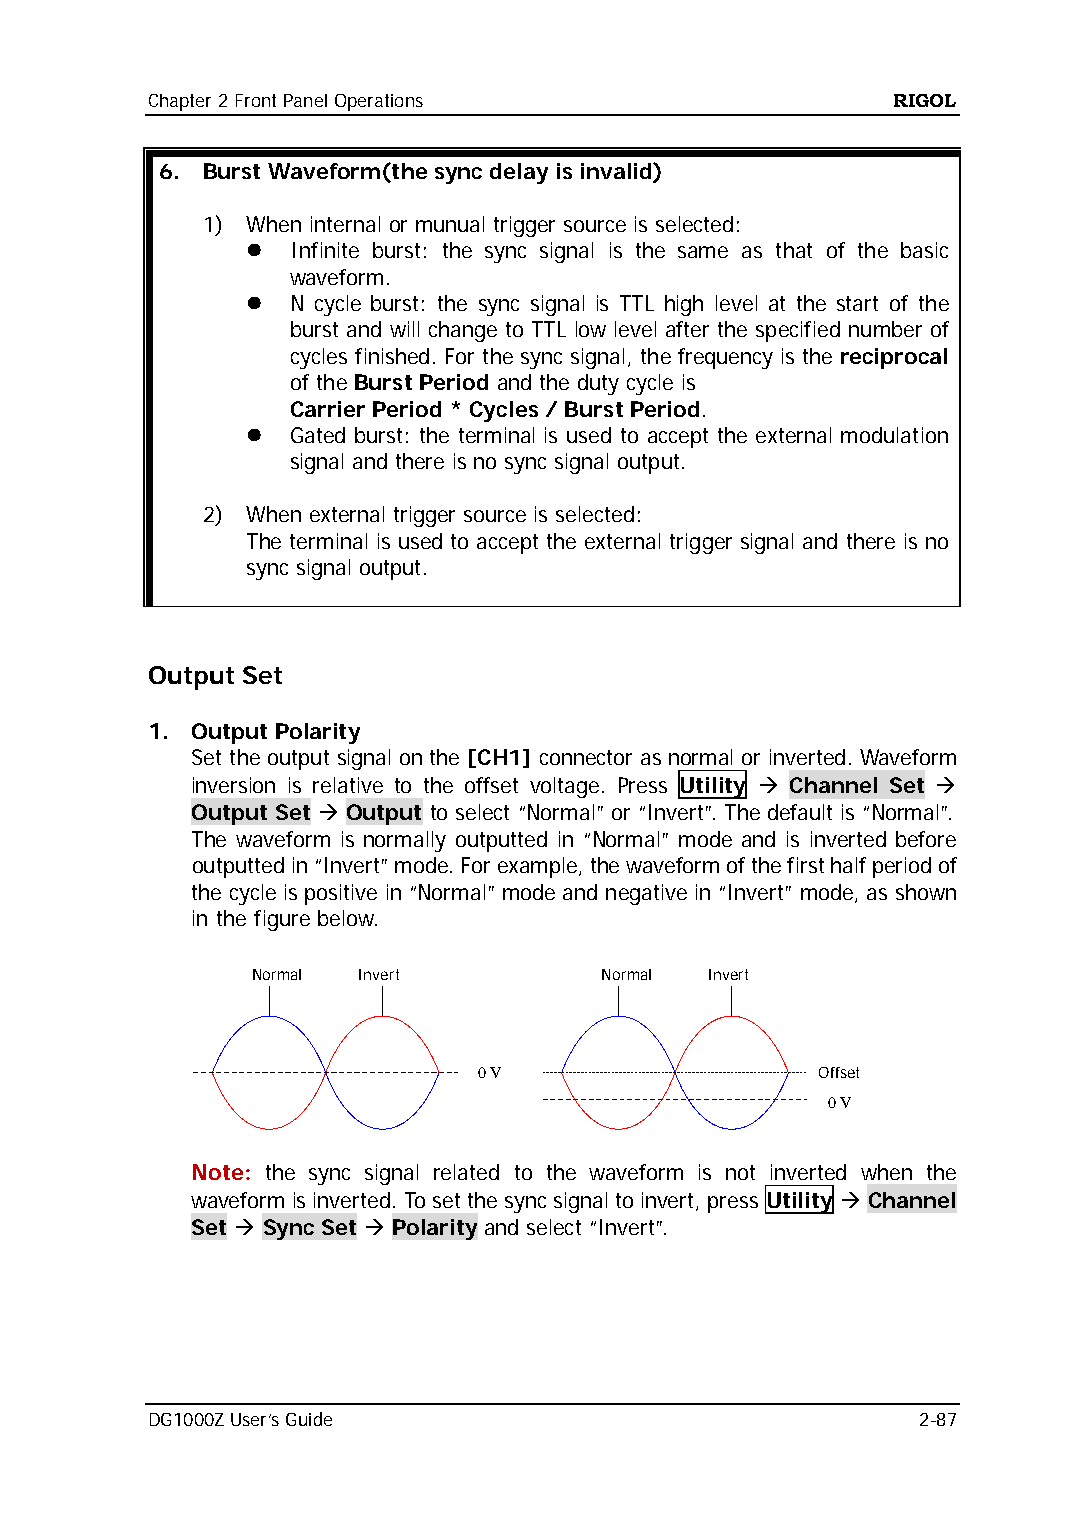
Chapter 2 Front Panel Operations                 RIGOL
 6. Burst Waveform(the sync delay is invalid)
 1) When internal or munual trigger source is selected:
   Infinite burst: the sync signal is the same as that of the basic
 waveform.
   N cycle burst: the sync signal is TTL high level at the start of the
 burst and will change to TTL low level after the specified number of
 cycles finished. For the sync signal, the frequency is the reciprocal
 of the Burst Period and the duty cycle is
 Carrier Period * Cycles / Burst Period.
   Gated burst: the terminal is used to accept the external modulation
 signal and there is no sync signal output.
 2) When external trigger source is selected:
 The terminal is used to accept the external trigger signal and there is no
 sync signal output.
 Output Set
 1. Output Polarity
 Set the output signal on the [CH1] connector as normal or inverted. Waveform
 inversion is relative to the offset voltage. Press Utility  Channel Set 
 Output Set  Output to select “Normal” or “Invert”. The default is “Normal”.
 The waveform is normally outputted in “Normal” mode and is inverted before
 outputted in “Invert” mode. For example, the waveform of the first half period of
 the cycle is positive in “Normal” mode and negative in “Invert” mode, as shown
 in the figure below.
 Normal Invert          Normal Invert
 0 V                   Offset
 0 V
 Note: the sync signal related to the waveform is not inverted when the
 waveform is inverted. To set the sync signal to invert, press Utility  Channel
 Set  Sync Set  Polarity and select “Invert”.
 DG1000Z User’s Guide                               2-87